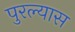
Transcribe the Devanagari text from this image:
पुरल्यास